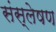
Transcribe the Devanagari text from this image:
संस्लेषण